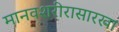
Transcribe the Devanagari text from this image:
मानवशरीरासारखा